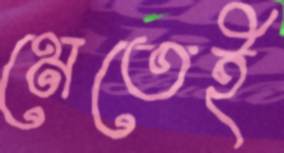
মেতেই